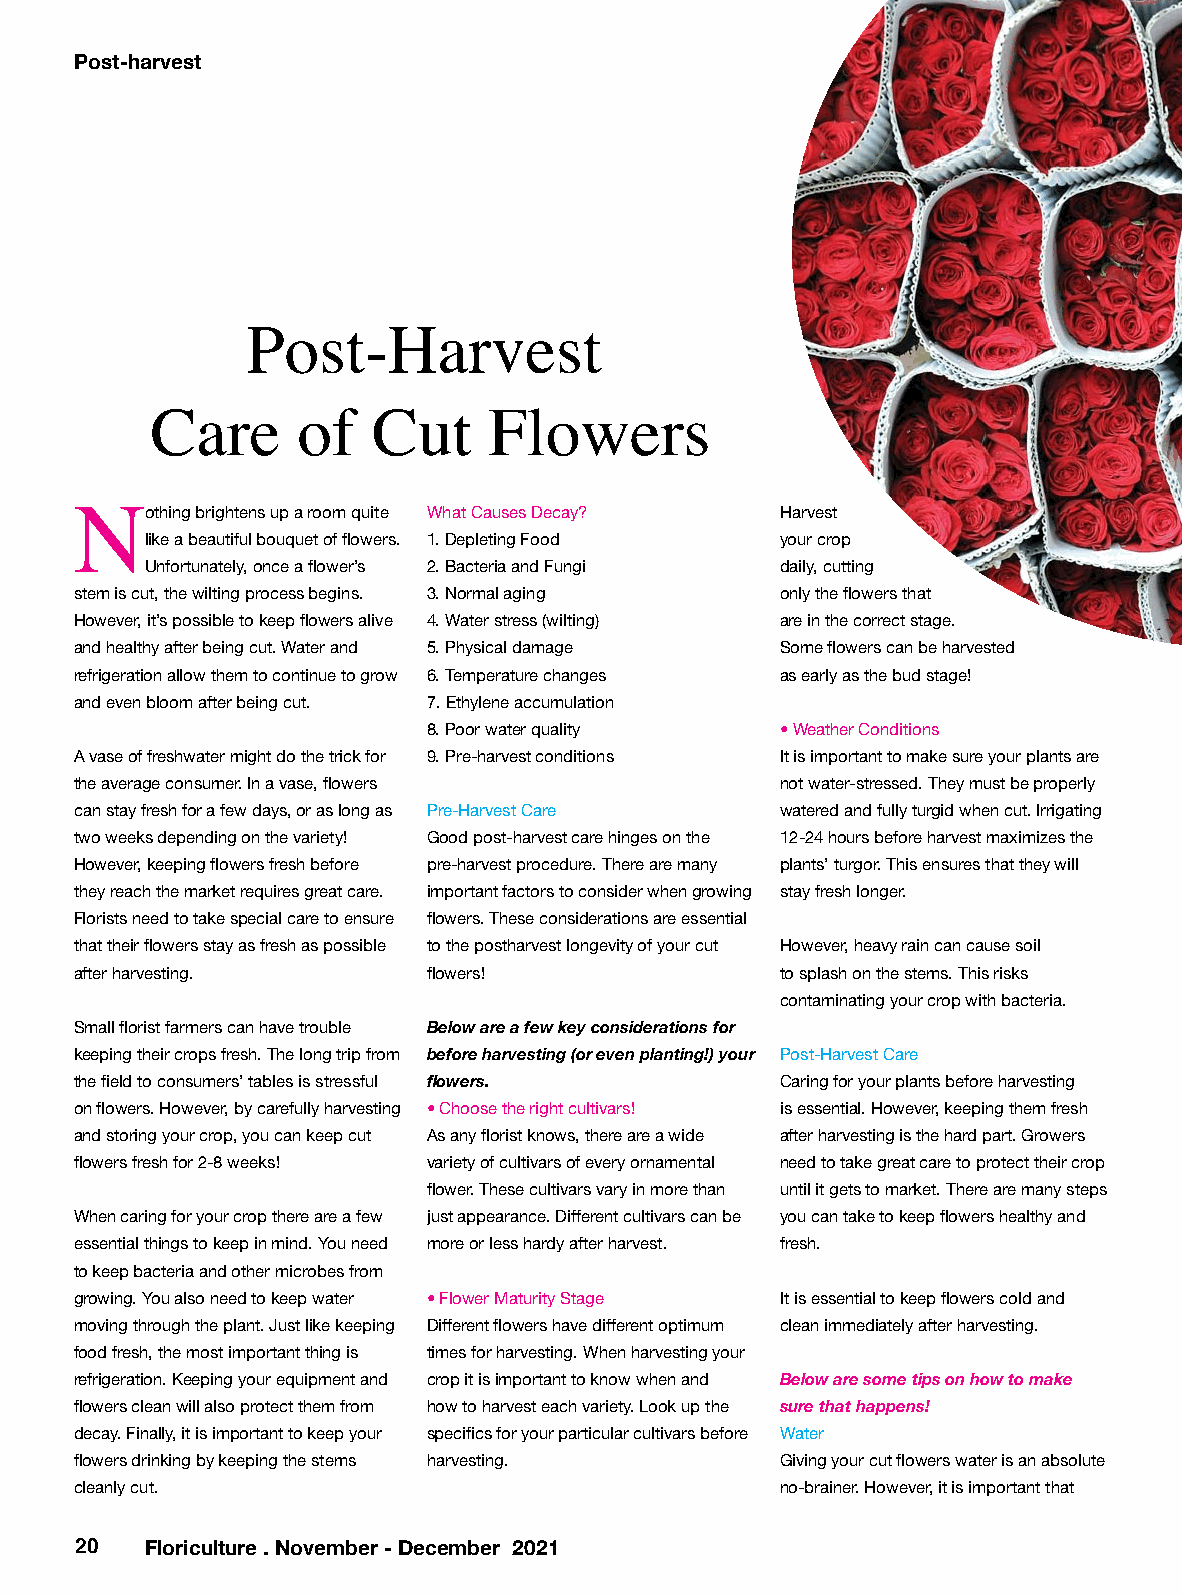
Post-harvest
 Post-Harvest
 Care      of   Cut    Flowers
 othing brightens up a room quite What Causes Decay? Harvest
 N
 like a beautiful bouquet of flowers. 1. Depleting Food your crop
 Unfortunately, once a flower’s 2. Bacteria and Fungi daily, cutting
 stem is cut, the wilting process begins. 3. Normal aging only the flowers that
 However, it’s possible to keep flowers alive 4. Water stress (wilting) are in the correct stage.
 and healthy after being cut. Water and 5. Physical damage Some flowers can be harvested
 refrigeration allow them to continue to grow 6. Temperature changes as early as the bud stage!
 and even bloom after being cut. 7. Ethylene accumulation
 8. Poor water quality   • Weather Conditions
 A vase of freshwater might do the trick for 9. Pre-harvest conditions It is important to make sure your plants are
 the average consumer. In a vase, flowers       not water-stressed. They must be properly
 can stay fresh for a few days, or as long as Pre-Harvest Care watered and fully turgid when cut. Irrigating
 two weeks depending on the variety! Good post-harvest care hinges on the 12-24 hours before harvest maximizes the
 However, keeping flowers fresh before pre-harvest procedure. There are many plants’ turgor. This ensures that they will
 they reach the market requires great care. important factors to consider when growing stay fresh longer.
 Florists need to take special care to ensure flowers. These considerations are essential
 that their flowers stay as fresh as possible to the postharvest longevity of your cut However, heavy rain can cause soil
 after harvesting.      flowers!                to splash on the stems. This risks
 contaminating your crop with bacteria.
 Small florist farmers can have trouble Below are a few key considerations for
 keeping their crops fresh. The long trip from before harvesting (or even planting!) your Post-Harvest Care
 the field to consumers’ tables is stressful flowers. Caring for your plants before harvesting
 on flowers. However, by carefully harvesting • Choose the right cultivars! is essential. However, keeping them fresh
 and storing your crop, you can keep cut As any florist knows, there are a wide after harvesting is the hard part. Growers
 flowers fresh for 2-8 weeks! variety of cultivars of every ornamental need to take great care to protect their crop
 flower. These cultivars vary in more than until it gets to market. There are many steps
 When caring for your crop there are a few just appearance. Different cultivars can be you can take to keep flowers healthy and
 essential things to keep in mind. You need more or less hardy after harvest. fresh.
 to keep bacteria and other microbes from
 growing. You also need to keep water • Flower Maturity Stage It is essential to keep flowers cold and
 moving through the plant. Just like keeping Different flowers have different optimum clean immediately after harvesting.
 food fresh, the most important thing is times for harvesting. When harvesting your
 refrigeration. Keeping your equipment and crop it is important to know when and Below are some tips on how to make
 flowers clean will also protect them from how to harvest each variety. Look up the sure that happens!
 decay. Finally, it is important to keep your specifics for your particular cultivars before Water
 flowers drinking by keeping the stems harvesting. Giving your cut flowers water is an absolute
 cleanly cut.                                   no-brainer. However, it is important that
 2 0  Floriculture . November - December 2021